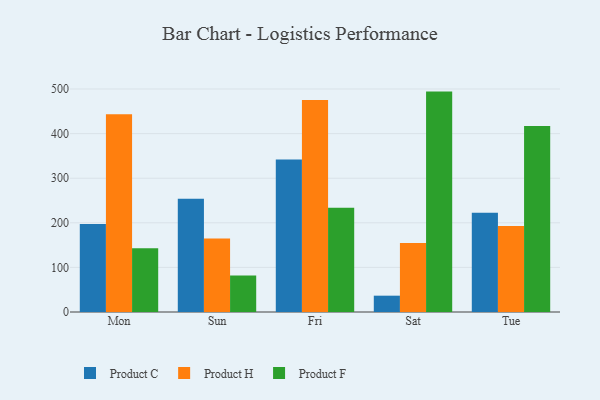
{"axis": {"x": "Day", "y": "Page Views"}, "legend": ["Product C", "Product F", "Product H"], "data": [{"x": "Mon", "y": 197.1, "type": "Product C"}, {"x": "Mon", "y": 443.3, "type": "Product H"}, {"x": "Mon", "y": 142.7, "type": "Product F"}, {"x": "Sun", "y": 253.9, "type": "Product C"}, {"x": "Sun", "y": 165.0, "type": "Product H"}, {"x": "Sun", "y": 81.7, "type": "Product F"}, {"x": "Fri", "y": 341.7, "type": "Product C"}, {"x": "Fri", "y": 475.5, "type": "Product H"}, {"x": "Fri", "y": 233.7, "type": "Product F"}, {"x": "Sat", "y": 36.6, "type": "Product C"}, {"x": "Sat", "y": 154.5, "type": "Product H"}, {"x": "Sat", "y": 494.2, "type": "Product F"}, {"x": "Tue", "y": 222.6, "type": "Product C"}, {"x": "Tue", "y": 193.0, "type": "Product H"}, {"x": "Tue", "y": 417.1, "type": "Product F"}]}